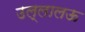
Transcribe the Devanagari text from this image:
उल्लालऊ